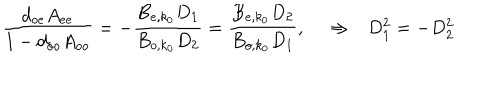
{ \frac { d _ { o e } A _ { e e } } { 1 - d _ { o o } A _ { o o } } } = - { \frac { B _ { e , k _ { 0 } } D _ { 1 } } { B _ { o , k _ { 0 } } D _ { 2 } } } = { \frac { B _ { e , k _ { 0 } } D _ { 2 } } { B _ { o , k _ { 0 } } D _ { 1 } } } , ~ \Rightarrow D _ { 1 } ^ { 2 } = - D _ { 2 } ^ { 2 }